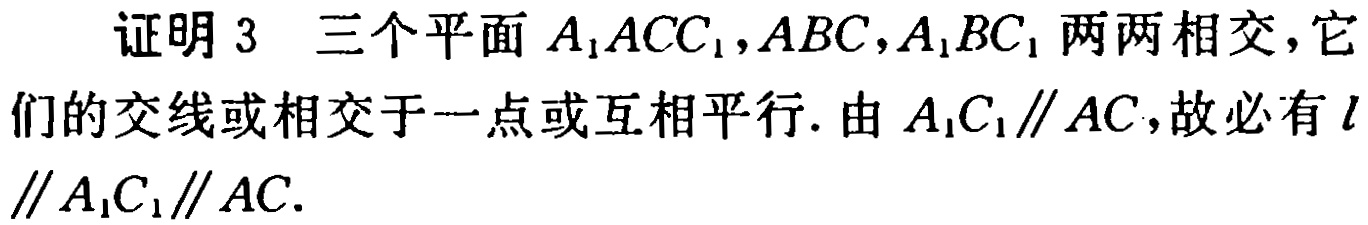
证明 3 三个平面 \(A_1ACC_1,ABC,A_1BC_1\) 两两相交，它们的交线或相交于一点或互相平行. 由 \(A_1C_1\parallel AC\)，故必有 \(l\parallel A_1C_1\parallel AC\).